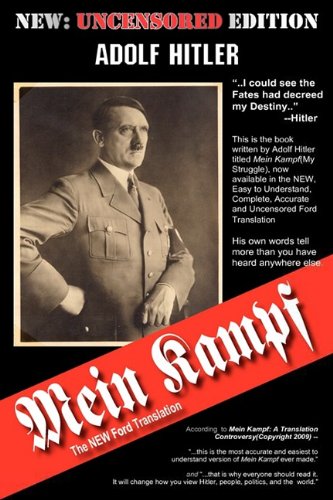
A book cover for Mein Kampf (The Ford Translation); Adolf Hitler; Biographies & Memoirs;